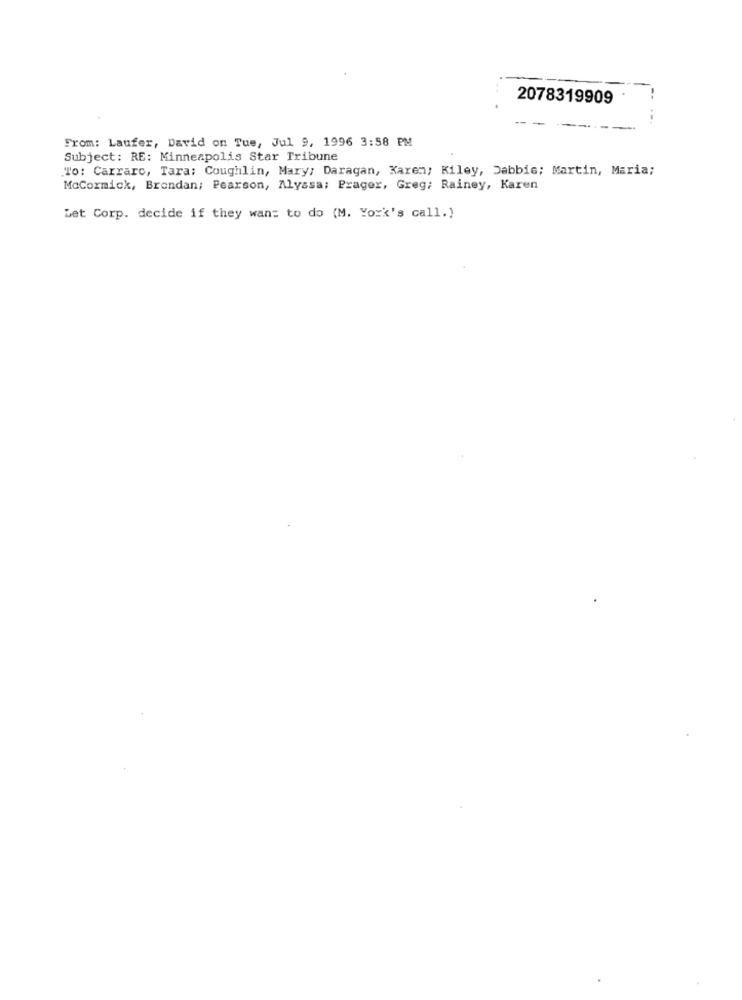
2078319909
--
From: Laufer, David on Tue, Jul 9, 1996 3:58 PM
Subject: RE: Minneapolis Star Tribune
To: Carraro, Tara: Coughlin, Mary: Daragan, Karen; Kiley, Dabbis; Martin, Maria;
McCormick, Brondan; Pearson, Alyssa: Prager, Greg; Rainey, Karen
Let Corp. decide if they want to do (M. York's call.)